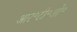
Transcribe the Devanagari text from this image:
आर॰टी॰ओ॰